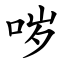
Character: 哕